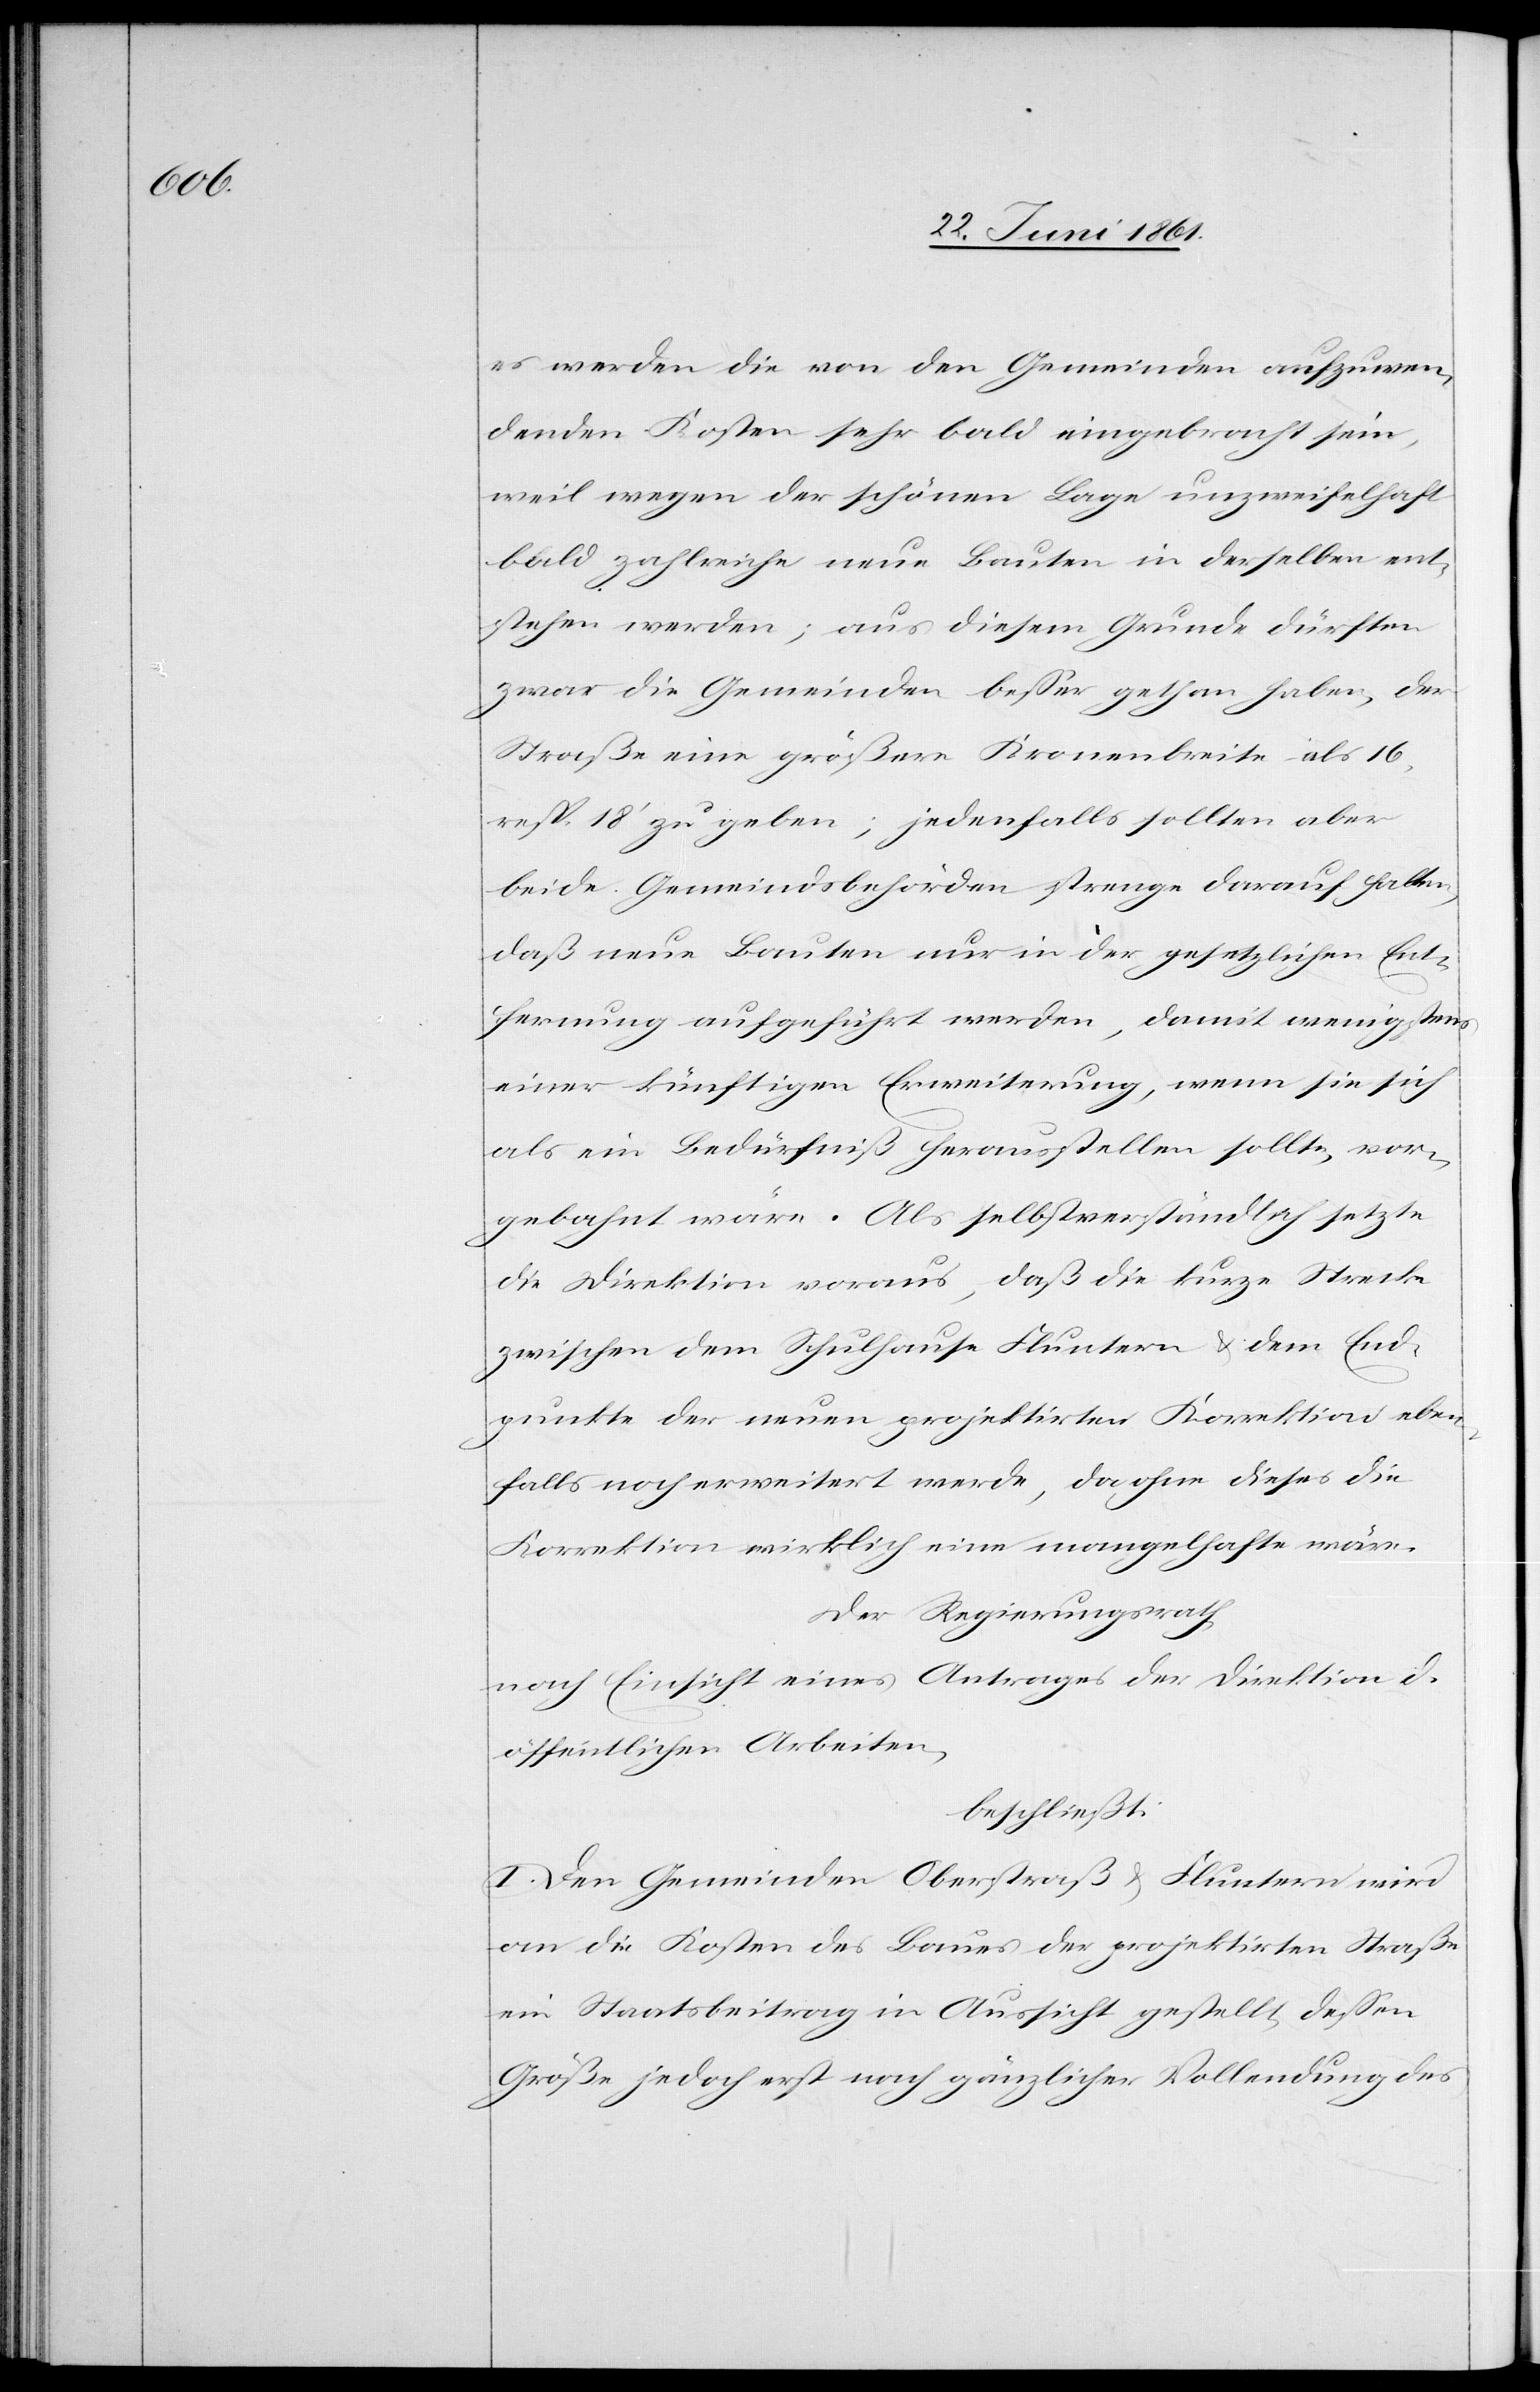
es werden die von den Gemeinden aufzuwen¬
denden Kosten sehr bald eingebracht sein,
weil wegen der schönen Lage unzweifelhaft
bald zahlreiche neue Bauten in derselben ent¬
stehen werden; aus diesem Grunde dürften
zwar die Gemeinden besser gethan haben, der
Straße eine größere Kronenbreite als 15
resp. 18’ zu geben; jedenfalls sollten aber
beide Gemeindsbehörden strenge darauf halten,
daß neue Bauten nur in der gesetzlichen Ent¬
fernung aufgeführt werden, damit wenigstens
einer künftigen Erweiterung, wenn sie sich
als ein Bedürfniß herausstellen sollte, vor¬
gebahnt wäre. Als selbstverständlich setzte
die Direktion voraus, daß die kurze Strecke
zwischen dem Schulhause Fluntern u. dem End¬
punkte der neuen projektirten Korrektion eben¬
falls noch erweitert werde, da ohne dieses die
Korrektion wirklich eine mangelhafte wäre.
Der Regierungsrath,
nach Einsicht eines Antrages der Direktion d.
öffentlichen Arbeiten,
beschließt:
I. Den Gemeinden Oberstraß u. Fluntern wird
an die Kosten des Baues der projektirten Straße
ein Staatsbeitrag in Aussicht gestellt, dessen
Größe jedoch erst nach gänzlicher Vollendung des